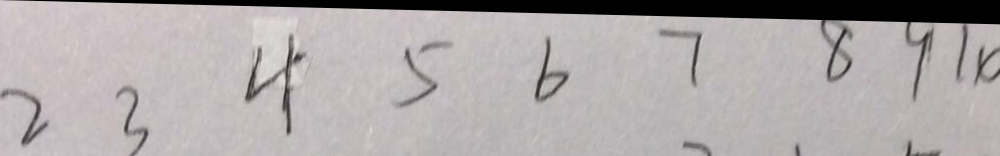
2 3 4 5 6 7 8 9 1 0